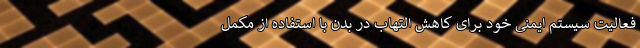
فعالیت سیستم ایمنی خود برای کاهش التهاب در بدن با استفاده از مکمل